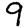
Digit: 9